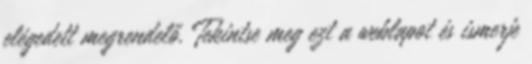
elégedett megrendelő. Tekintse meg ezt a weblapot és ismerje